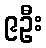
၉ဦး